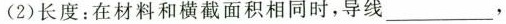
(2)长度：在材料和横截面积相同时，导线___，